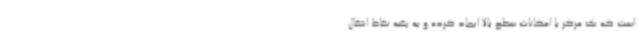
است که یک مرکز با امکانات سطح بالا ایجاد کرده و به بقیه نقاط انتقال